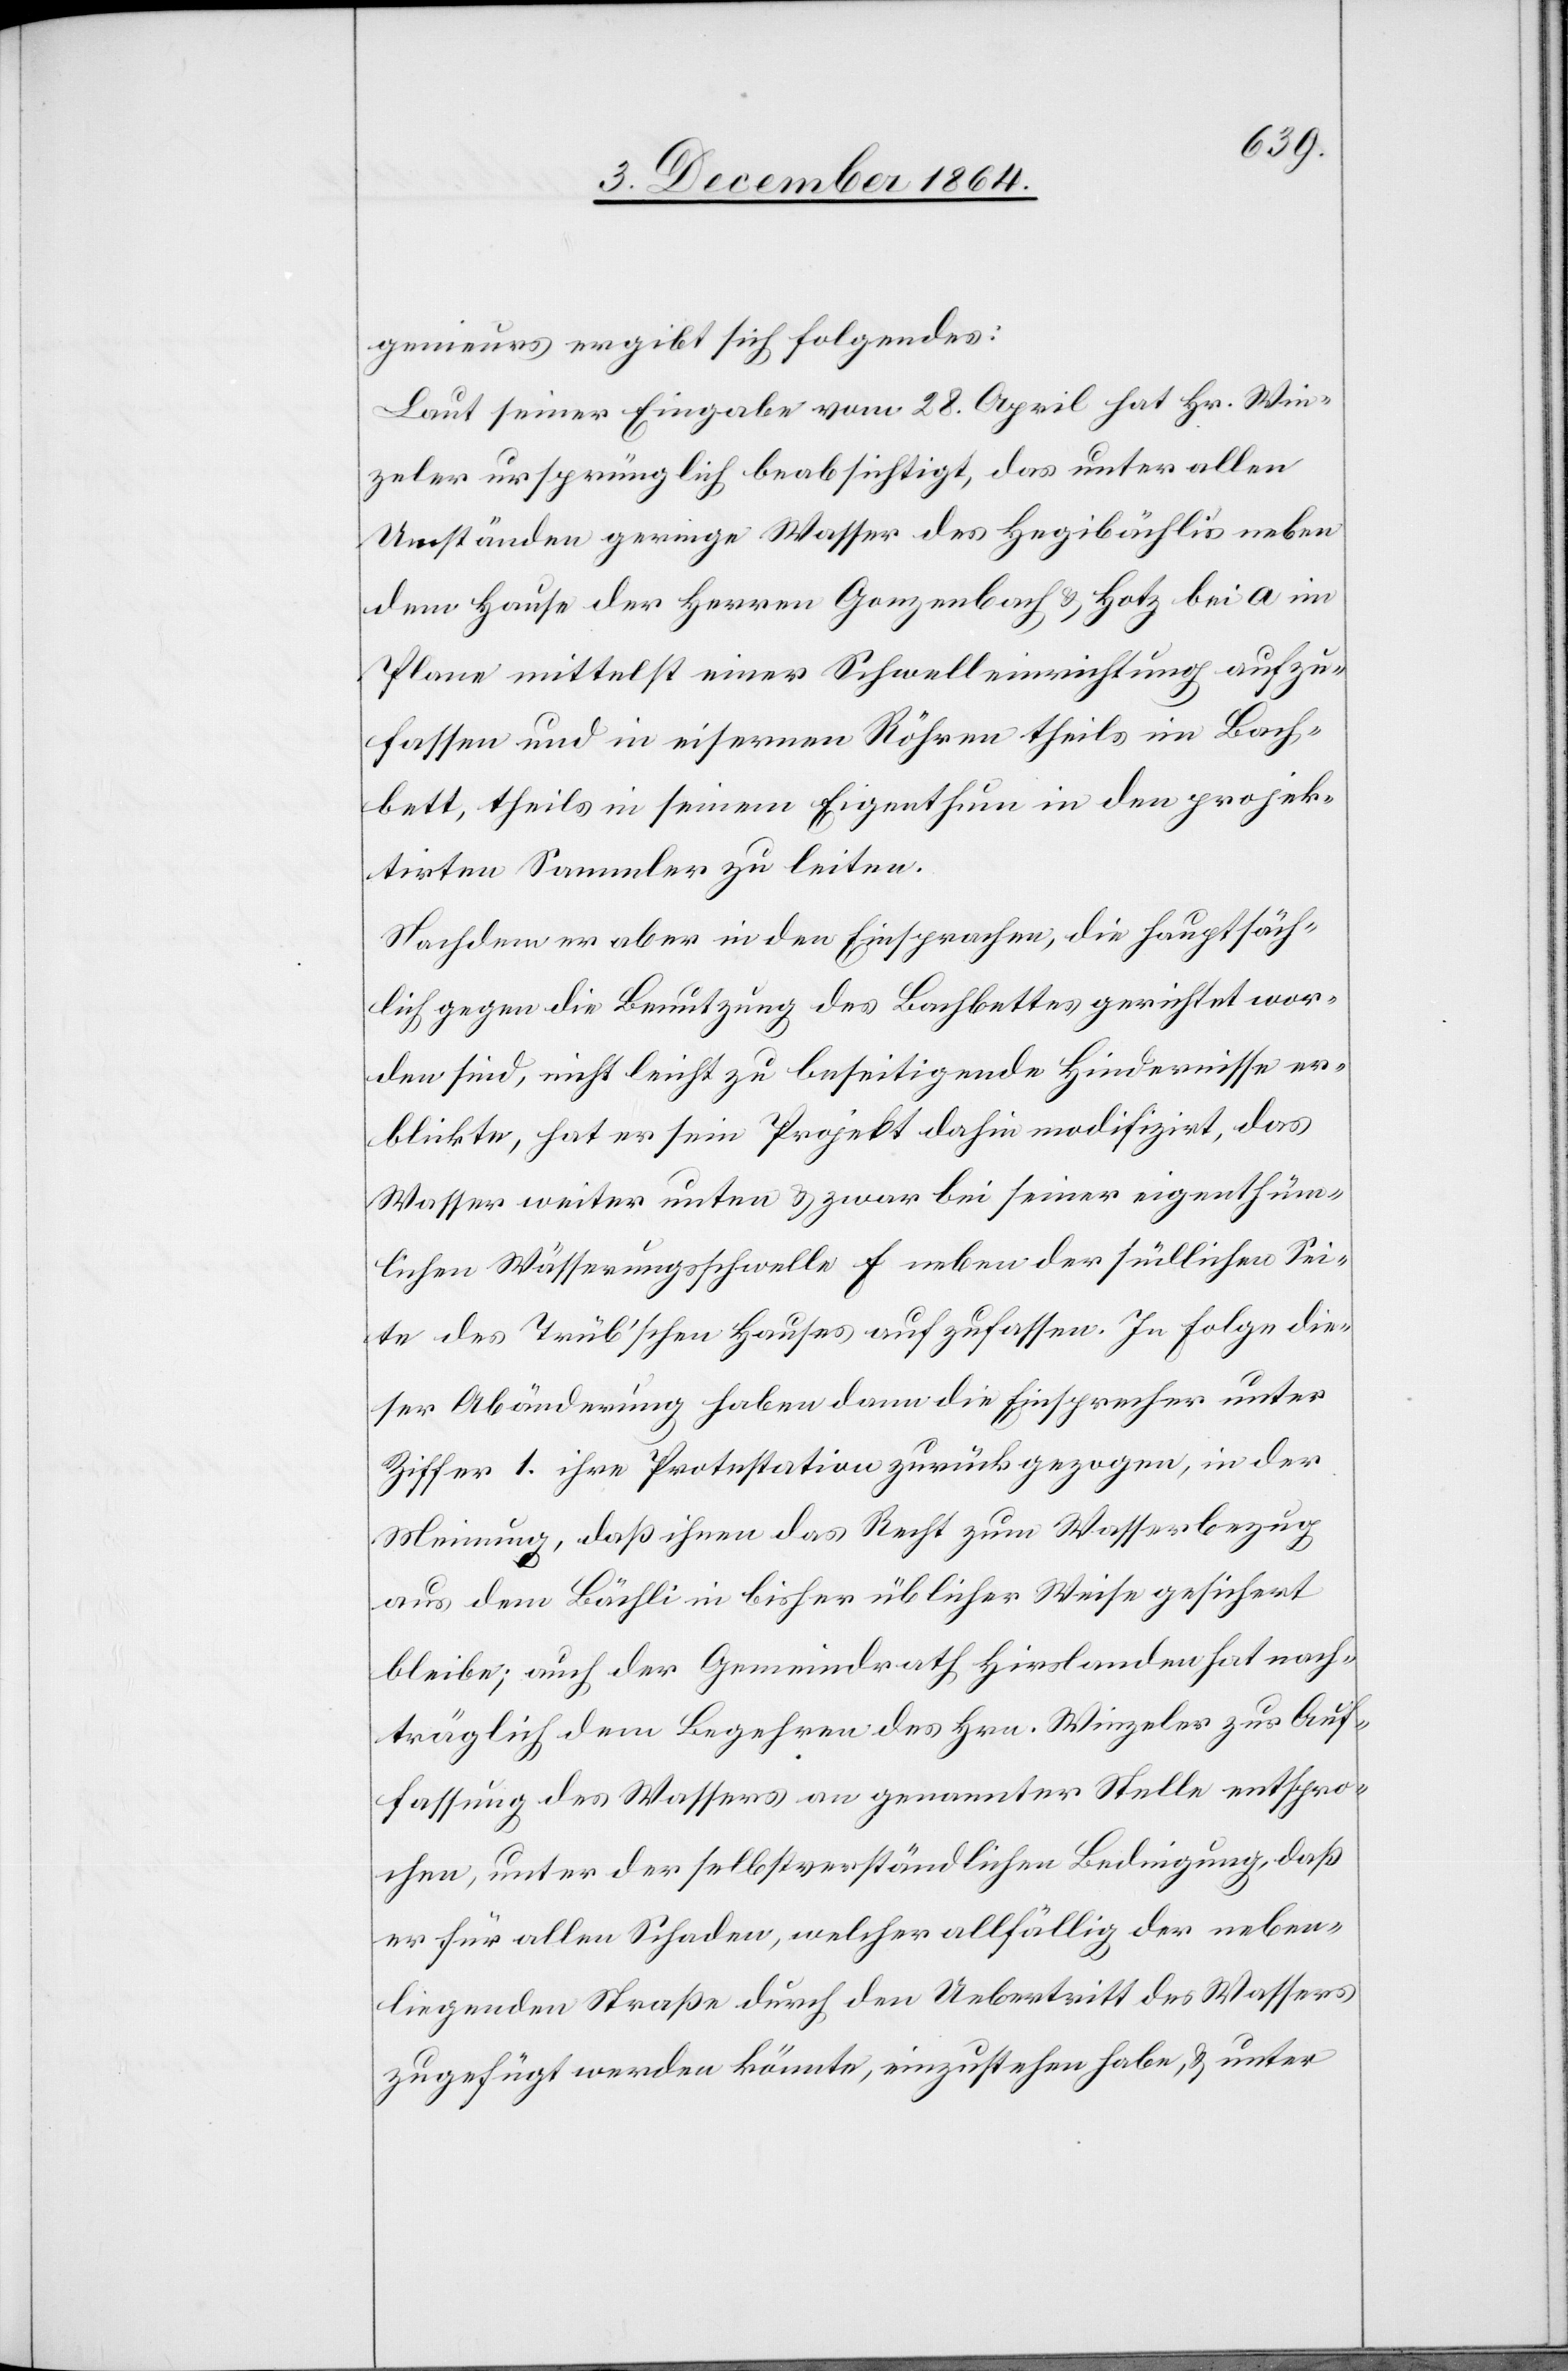
genieurs ergibt sich Folgendes:
Laut seiner Eingabe vom 28. April hat Hr. Win¬
zeler ursprünglich beabsichtigt, das unter allen
Umständen geringe Wasser des Hegibächli neben
dem Hause der Herren Gonzenbach & Hotz bei a im
Plane mittelst einer Schwelleinrichtung aufzu¬
fassen und in eisernen Röhren theils im Bach¬
bett, theils in seinem Eigenthum in den projek¬
tirten Sammler zu leiten.
Nachdem er aber in den Einsprachen, die hauptsäch¬
lich gegen die Benutzung des Bachbettes gerichtet wor¬
den sind, nicht leicht zu beseitigende Hindernisse er¬
blickte, hat er sein Projekt dahin modifizirt, das
Wasser weiter unten & zwar bei seiner eigenthüm¬
lichen Wässerungsschwelle f neben der südlichen Sei¬
te des Trüb’schen Hauses aufzufassen. In Folge die¬
ser Abänderung haben dann die Einsprecher unter
Ziffer 1. ihre Protestationen zurückgezogen, in der
Meinung, daß ihnen das Recht zum Wasserbezug
aus dem Bächli in bisher üblicher Weise gesichert
bleibe; auch der Gemeindrath Hirslanden hat nach¬
träglich dem Begehren des Hrn. Winzeler zur Auf¬
fassung des Wassers an genannter Stelle entspro¬
chen, unter der selbstverständlichen Bedingung, daß
er für allen Schaden, welcher allfällig der neben¬
liegenden Straße durch den Uebertritt des Wassers
zugefügt werden könnte, einzustehen habe, & unter